Scottish Leaving Certificate Examination, 1957
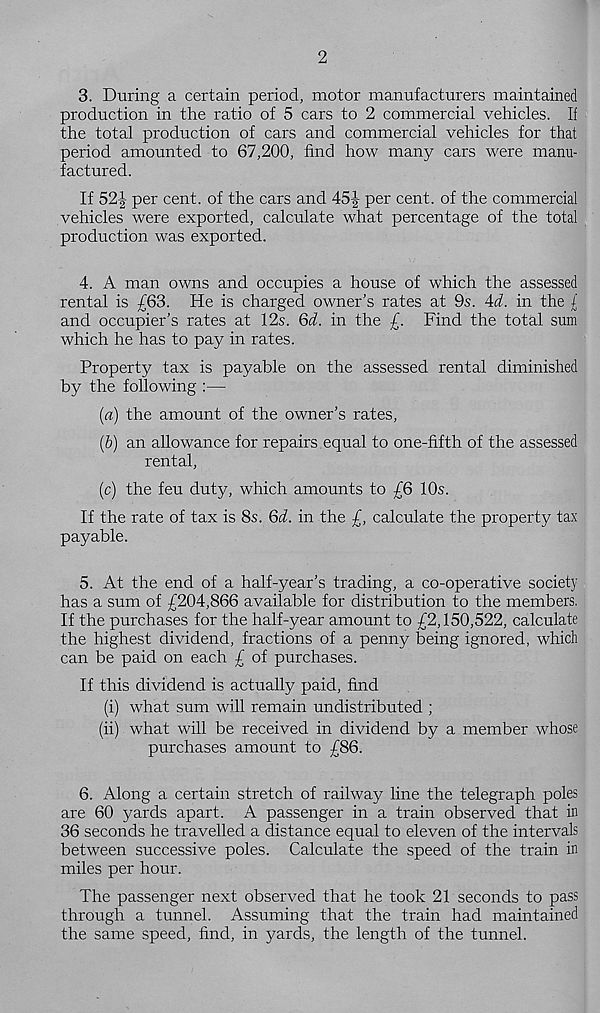
2
3. During a certain period, motor manufacturers maintained
production in the ratio of 5 cars to 2 commercial vehicles. If
the total production of cars and commercial vehicles for that
period amounted to 67,200, find how many cars were manu-
factured.
If 52-| per cent, of the cars and 45|- per cent, of the commercial
vehicles were exported, calculate what percentage of the total
production was exported.
4. A man owns and occupies a house of which the assessed
rental is £63. He is charged owner's rates at 9s. 4d. in the l
and occupier's rates at 12s. 6d. in the £. Find the total sum
which he has to pay in rates.
Property tax is payable on the assessed rental diminished
by the following :—
(a) the amount of the owner’s rates,
(&) an allowance for repairs equal to one-fifth of the assessed
rental,
(c) the feu duty, which amounts to £6 10s.
If the rate of tax is 8s. 6d. in the £, calculate the property tax
payable.
5. At the end of a half-year’s trading, a co-operative society
has a sum of £204,866 available for distribution to the members.
If the purchases for the half-year amount to £2,150,522, calculate
the highest dividend, fractions of a penny being ignored, which
can be paid on each £ of purchases.
If this dividend is actually paid, find
(i) what sum will remain undistributed ;
(ii) what will be received in dividend by a member whose
purchases amount to £86.
6. Along a certain stretch of railway line the telegraph poles
are 60 yards apart. A passenger in a train observed that in
36 seconds he travelled a distance equal to eleven of the intervals
between successive poles. Calculate the speed of the train in
miles per hour.
The passenger next observed that he took 21 seconds to pass
through a tunnel. Assuming that the train had maintained
the same speed, find, in yards, the length of the tunnel.